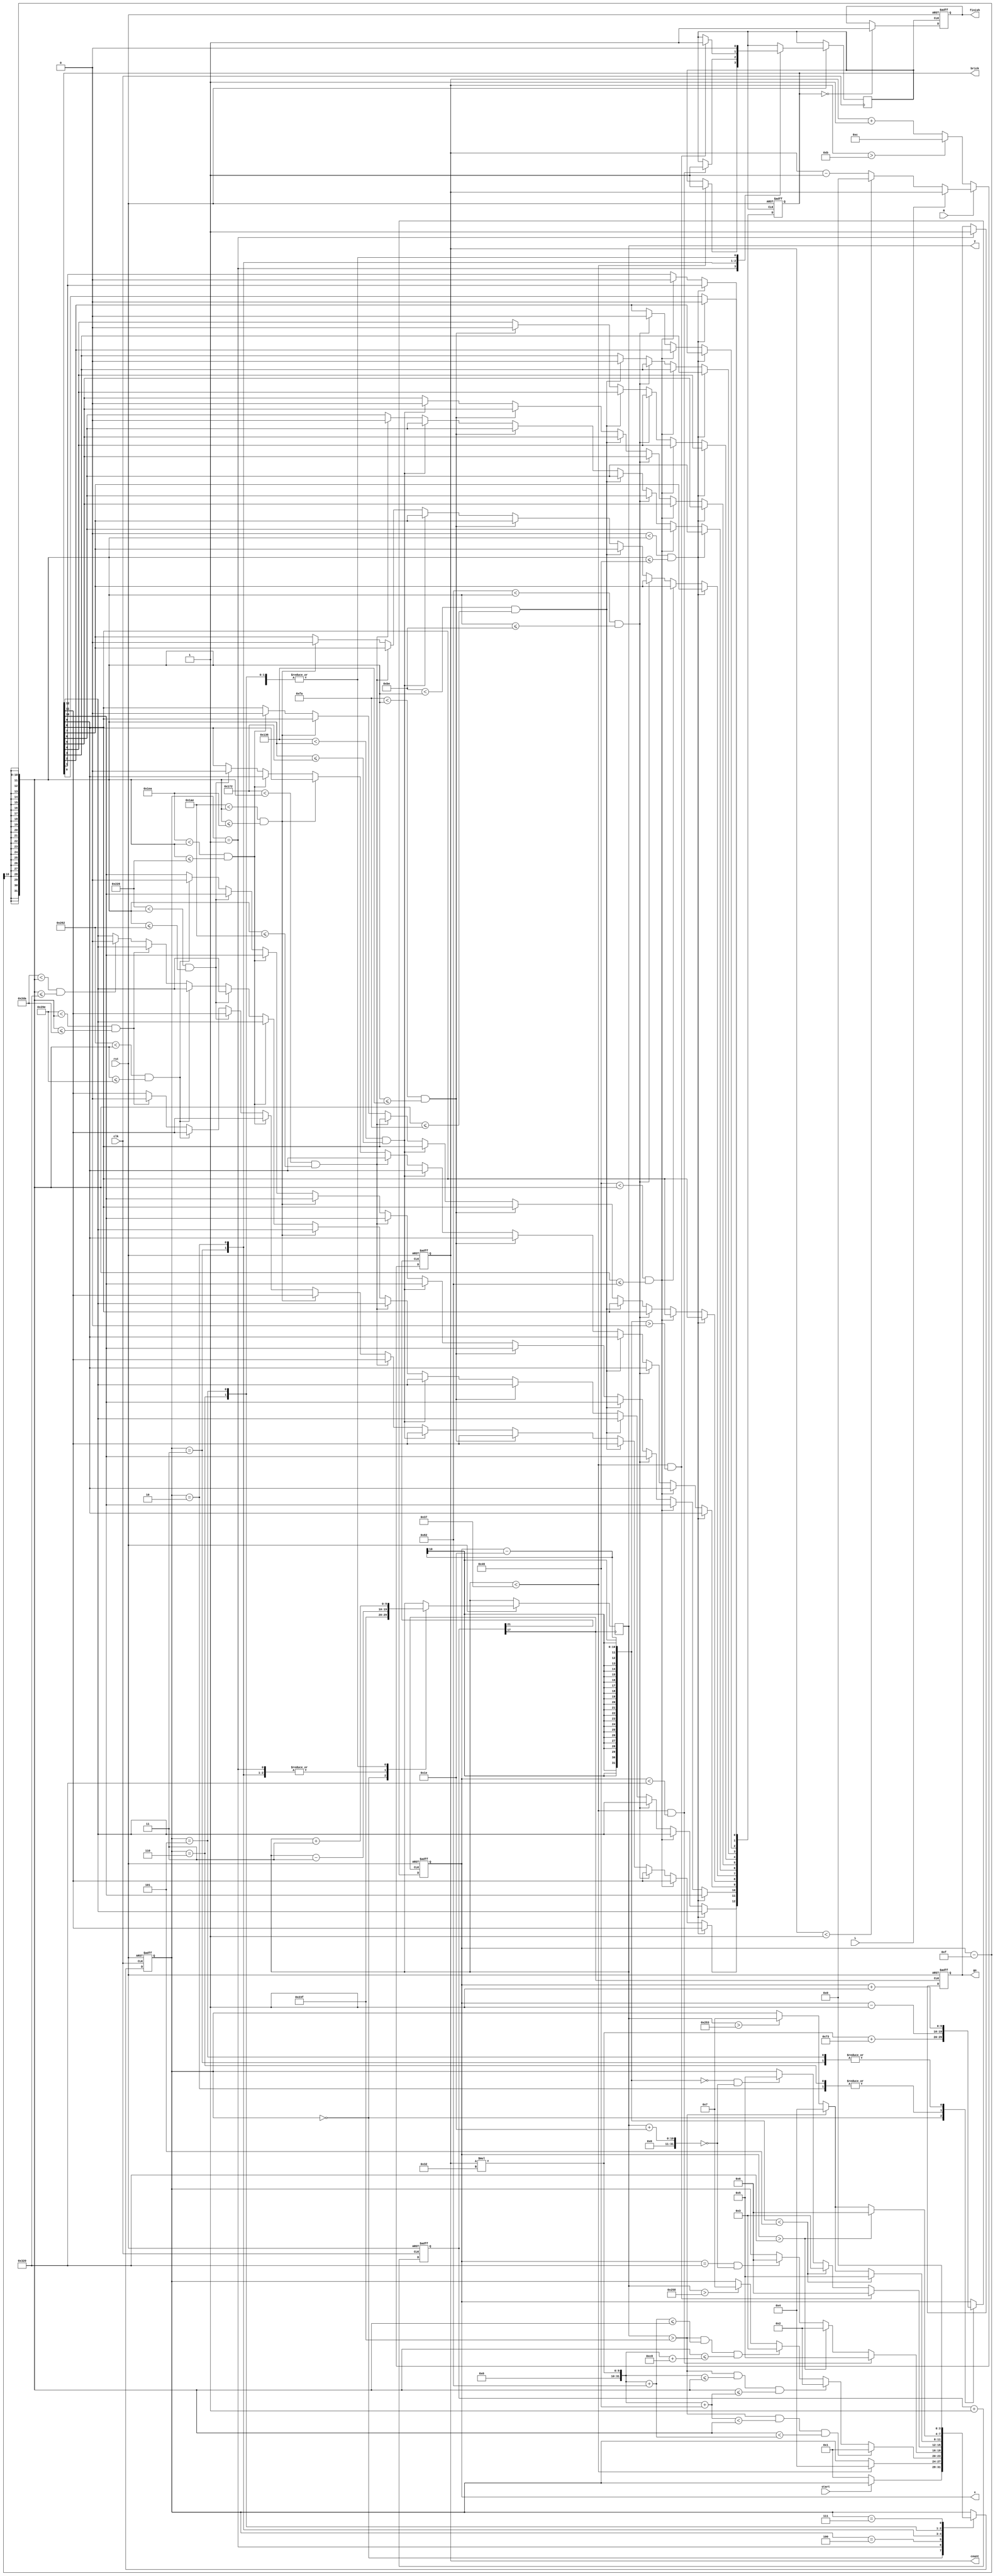
`timescale 1ns / 1ps
//////////////////////////////////////////////////////////////////////////////////
// Company: 
// Engineer: 
// 
// Design Name: 
// Module Name:    final 
// Project Name: 
// Target Devices: 
// Tool versions: 
// Description: 
//
// Dependencies: 
//
// Revision: 
// Revision 0.01 - File Created
// Additional Comments: 
//
//////////////////////////////////////////////////////////////////////////////////
module final(clk,rst,R,L,x,y,start,count,go,brick,finish);
output reg[9:0]x;
output reg[9:0]y;
output reg[3:0]count;
output reg [12:0]brick;
output reg finish; 
output reg go;
input clk,rst;
input R,L;
input start;
reg [25:0]divclk;
reg [3:0]state;
wire flag;
reg temp;
assign flag=temp;
parameter init=4'd0,straight=4'd1,slashL=4'd2,slashR=4'd3,back=4'd4,slashRdown=4'd5,slashLdown=4'd6,over=4'd7;

//--------------------------------
always@(posedge clk or negedge rst)
begin
 if(~rst)
  divclk<=26'd0;  
 else 
  divclk<=divclk+1;               
end

//---------------FSM------------------//
always@(posedge clk or negedge rst)
begin
 if(~rst)
   begin 
      state<=init;
   end
 else
  begin
  
   case(state) 
	
	 init:
	 begin
	 if(start==0)
	  state<=straight;
	 else
	    state<=state;
	 end
	 
	 straight:
	  begin
      		if(y<55)
		begin
		   temp<=1;
		   state<=back;
		end
	  end
	  
	 back:
      	   begin
		 temp<=0;
		 if      (y>575 && (count*50+70) <   (x-15)  && (x-15) < (count*50+130))        state<=straight;   //yellow
		 else if (y>575 && (count*50)    <=  (x-15)  && (x-15) <= (count*50+70))         state<=slashL;    //Lgreen
		 else if (y>575 && (count*50+130)<=  (x-15)  && (x-15) <= (count*50+200))        state<=slashR;    //Rgreen
		 else if (y>600) state<=over;             //miss
	   end
		
	 slashR:
	   begin
		if(y<55 && (x)<800)                       //normal
		 begin
		  state<=slashRdown;
		  temp<=1;
		 end 
		else if(x>800)                             //wall
		 state<=slashL;
		else if(x==800 && (y+30)==0)               //upper-right
		 state<=slashLdown;
		end
		
	 slashL:
	   begin
		if(y<55 && (x-30)>0)                      //normal
		 begin
		   state<=slashLdown;
			temp<=1;
		 end
		else if((x-30)<5)                         //wall
		 state<=slashR;
		else if((x-30)==0 && (y+30)==0)            //upper-left
		 state<=slashRdown;
		end
		
	 slashLdown:
	   begin
		 temp<=0;
		 if((x-30)<5)state<=slashRdown;         //wall
		 else if (y>575)
		  state<=back;
		 else if (y>595)                        //miss
		  state<=over;
		end
		
	 slashRdown:
	   begin
		temp<=0;
		 if(x>800)state<=slashLdown;           //wall
		 else if (y>575)
		  state<=back;
		 else if (y>595)                       //miss
		  state<=over;
		end
	 
	 over:
	  begin
	   state<=init;
		
	  end
		
	 endcase
  end
end
//-------------------------------------------//
always@(posedge divclk[17] or negedge rst)
begin
	if(~rst)
		begin
		 go<=0;
		 x<=0;
		 
		end
	else
		begin
		case(state)	
			 
			init:
          		  begin
           			x<=((count*50)+115); // ball column
	        		y<=575;
	       		  end		
			
			straight:
			  begin
				go<=1;              //start
		      		y<=y-3;            //up
			  end  
				
			back:
			  begin
				 y<=y+3;           //down
			  end
			
			slashR:
			  begin
			        x<=x+1;
				y<=y-3;
			  end
			
			slashL:
			   begin
			       x<=x-1;
			       y<=y-3;
				  
			   end
				 
			slashLdown:
			  begin
			       x<=x-1;
			       y<=y+3;
			  end
			  
			slashRdown:
			  begin
				x<=x+1;
				y<=y+3;
			  end

		endcase
		end 
end
//------------block disappear----------///
always@(posedge flag or negedge rst)
if(~rst)begin brick<=13'b1111111111111; finish<=0; end
else
	begin    
	if(0<(x-15) && (x-15)<=70)
	  begin
		 brick[0]<=0;
	  end
						
	else if(70<(x-15) && (x-15)<=130)
	   begin
  		 brick[1]<=0;
	   end
						
	else if(130<(x-15) && (x-15)<=190)
	   begin
		 brick[2]<=0;
		end
		
	else if(190<(x-15) && (x-15)<=250)
	   begin
		 brick[3]<=0;
		end	
		
	else if(250<(x-15) && (x-15)<=310)
	   begin
		 brick[4]<=0;
		end
		
	else if(310<(x-15) && (x-15)<=370)
	   begin
		 brick[5]<=0;
		end
		
	else if(370<(x-15) && (x-15)<=430)
	   begin
		 brick[6]<=0;
		end
	
	else if(430<(x-15) && (x-15)<=490)
	   begin
		 brick[7]<=0;
		end
		
	else if(490<(x-15) && (x-15)<=550)
	   begin
		 brick[8]<=0;
		end
		
	else if(550<(x-15) && (x-15)<=610)
	   begin
		 brick[9]<=0;
		end
		
	else if(610<(x-15) && (x-15)<=670)
	   begin
		 brick[10]<=0;
		end
		
	else if(670<(x-15) && (x-15)<=730)
	   begin
		 brick[11]<=0;
		end
		
	else if(730<(x-15) && (x-15)<=800)
	   begin
		 brick[12]<=0;
		end
	if(brick==13'd0)
	 finish<=1;
	
end
//-------------board move---------------//
always@(posedge divclk[21] or negedge rst)
begin
 if(~rst)count<=6;
 else
  begin
   if(R==0)
      begin
	  if(count>11)count<=12;
	  else
	   count<=count+1; 
      end 
    else if(L==0)
      begin
	  if(count<1) count<=0;
	  else
	   count<=count-1;
      end
  
  end
end
endmodule